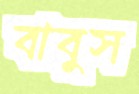
বাবুস